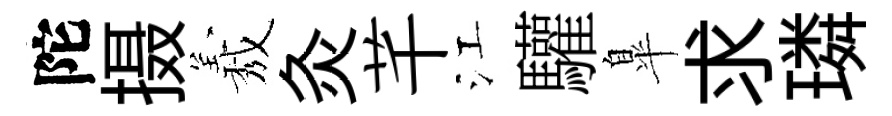
陀摄𦏁灸芊江驩臯求璘